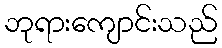
ဘုရားကျောင်းသည်